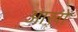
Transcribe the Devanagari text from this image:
आख़ों